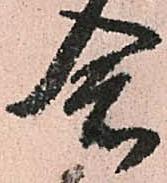
念